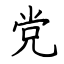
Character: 党